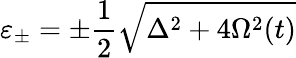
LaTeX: \varepsilon_{\pm}=\pm\frac{1}{2}\sqrt{\Delta^{2}+4\Omega^{2}(t)}